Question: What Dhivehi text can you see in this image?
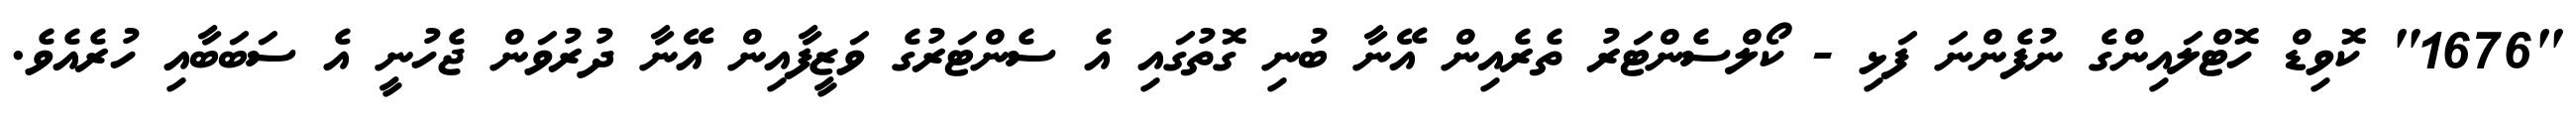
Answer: "1676" ކޮވިޑް ހޮޓްލައިންގެ ނުފެންނަ ފަޅި - ކޯލްސެންޓަރު ތެރެއިން އޭނާ ބުނި ގޮތުގައި އެ ސެންޓަރުގެ ވަޒީފާއިން އޭނާ ދުރުވަން ޖެހުނީ އެ ސަބަބާއި ހުރެއެވެ.